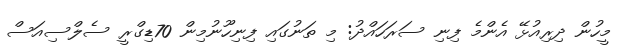
މީހުން ދިރިއުޅޭ އެންމެ ފިނި ސަރަހައްދު: މި ތަނުގައި ފިނިހޫނުމިން 70ޑިގްރީ ސެލްސިއަސް